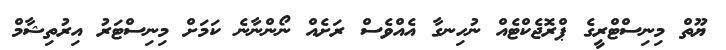
ޔޫތް މިނިސްޓްރީގެ ޕްރޮޖެކްޓެއް ނުހިނގާ އެއްވެސް ރަށެއް ނޯންނާނެ ކަމަށް މިނިސްޓަރު އިރުތިޝާމް